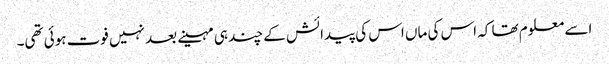
اسے معلوم تھا کہ اس کی ماں اس کی پیدائش کے چند ہی مہینے بعد نہیں فوت ہوئی تھی۔